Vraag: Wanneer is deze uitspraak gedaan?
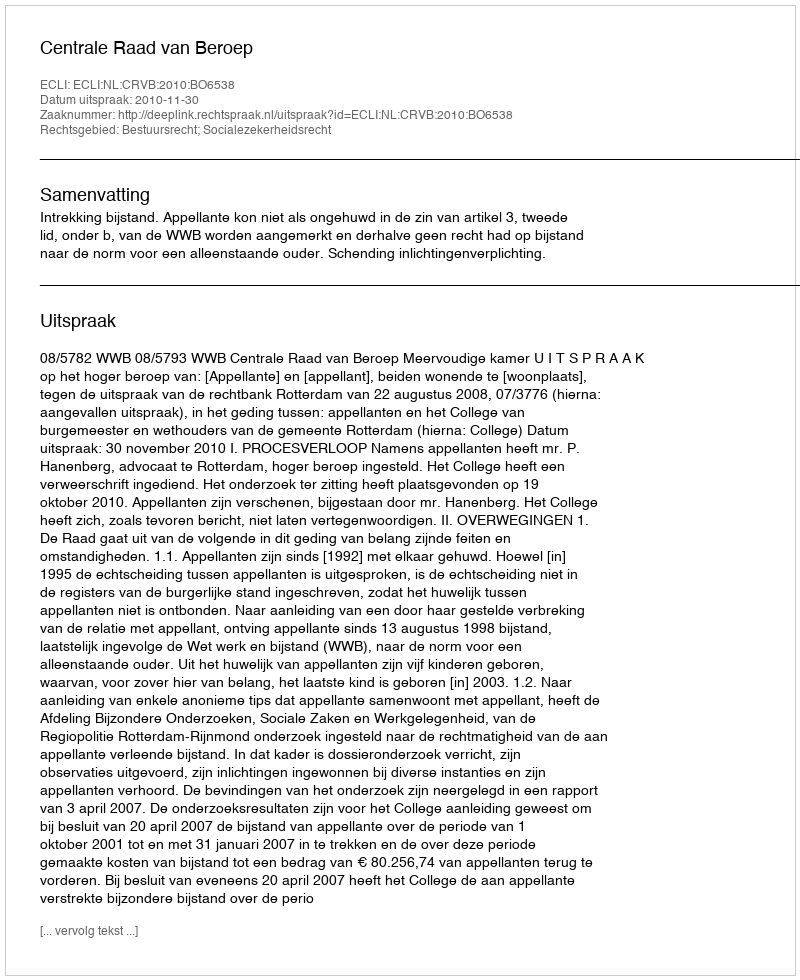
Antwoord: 2010-11-30